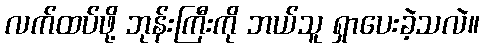
လက်ထပ်ဖို့ ဘုန်းကြီးကို ဘယ်သူ ရှာပေးခဲ့သလဲ။